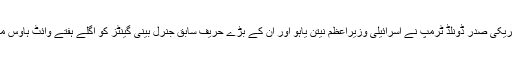
خیال رہے کہ امریکی صدر ڈونلڈ ٹرمپ نے اسرائیلی وزیراعظم نیتن یاہو اور ان کے بڑے حریف سابق جنرل بینی گینٹز کو اگلے ہفتے وائٹ ہاؤس میں مدعو کیا ہے۔